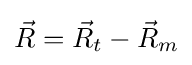
{\vec {R}}={\vec {R}}_{t}-{\vec {R}}_{m}